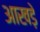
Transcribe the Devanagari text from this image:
आखड़े